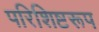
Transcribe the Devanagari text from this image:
परिशिष्टरूप